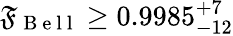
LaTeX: \mathfrak{F}_{\mathrm{{~B~e~l~l~}}}\geq0.9985_{-12}^{+7}